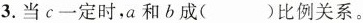
3. 当c一定时，a和b成 ( ) 比例关系。